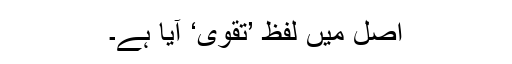
اصل میں لفظ ’تَقْوٰی‘ آیا ہے۔